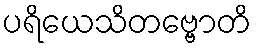
ပရိယေသိတဗ္ဗောတိ